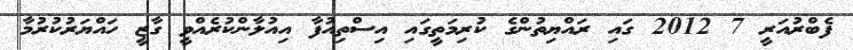
ފެބްރުއަރީ 7 2012 ގައި ރައްޔިތުންގެ ކުރިމަތީގައި އިސްތިއުފާ އިއުލާންކުރެއްވީ ގާޒީ ހައްޔަރުކުރުމާ